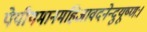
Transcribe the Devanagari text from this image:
पेपीयमानमहिजावदनेन्दुयूष्णः।